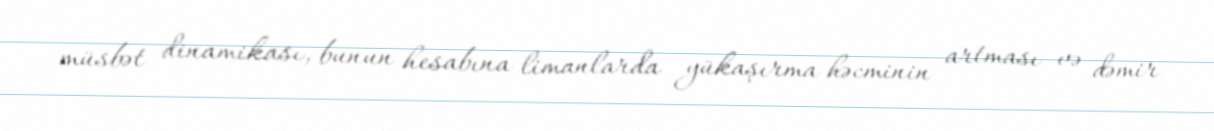
müsbət dinamikası, bunun hesabına limanlarda yükaşırma həcminin artması və dəmir